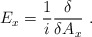
\begin{align*}E_{x}=\frac{1}{i}\frac{\delta}{\delta A_{x}}\ .\end{align*}